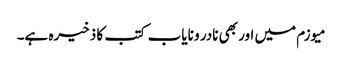
میوزم میں اور بھی نادر و نایاب کتب کا ذخیرہ ہے۔